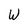
Character: W